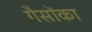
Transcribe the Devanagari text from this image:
गैसोंका